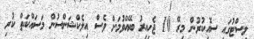
ލިސްޓުގައި ސޮއިކުރުން މިރޭ 10 ޖެހިއިރު ބޭއްވުމަށް ވެސް އިލެކްޝަންސުން މަސައްކަތް ކުރި